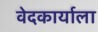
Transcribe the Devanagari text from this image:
वेदकार्याला